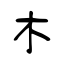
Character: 木